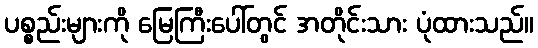
ပစ္စည်းများကို မြေကြီးပေါ်တွင် အတိုင်းသား ပုံထားသည်။